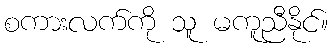
စကားလက်ကို သူ မကူညီနိုင်။